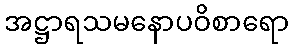
အဋ္ဌာရသမနောပဝိစာရော